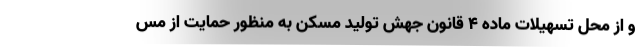
و از محل تسهیلات ماده ۴ قانون جهش تولید مسکن به منظور حمایت از مس